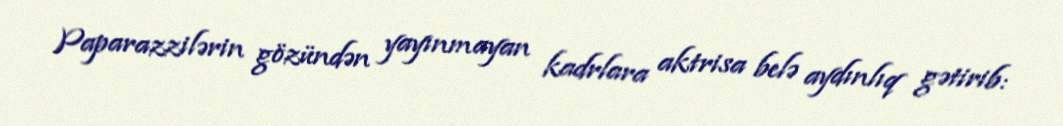
Paparazzilərin gözündən yayınmayan kadrlara aktrisa belə aydınlıq gətirib: